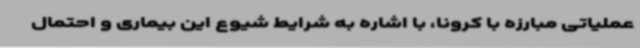
عملیاتی مبارزه با کرونا، با اشاره به شرایط شیوع این بیماری و احتمال